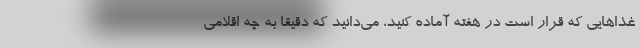
غذاهایی که قرار است در هفته آماده کنید، می‌دانید که دقیقا به چه اقلامی